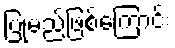
ပြုမည်ဖြစ်ကြောင်း